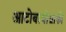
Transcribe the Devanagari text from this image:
आटोबायोग्राफी